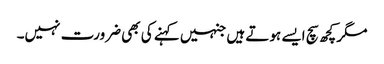
مگر کچھ سچ ایسے ہوتے ہیں جنہیں کہنے کی بھی ضرورت نہیں۔